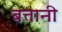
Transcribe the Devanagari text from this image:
बत्तानी